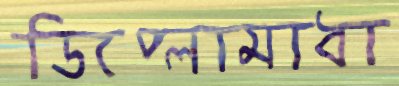
ডিপ্লোমাধা